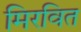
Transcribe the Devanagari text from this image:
मिरवित